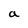
Character: a